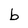
Character: b